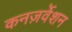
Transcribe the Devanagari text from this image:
कनज़र्वेशन